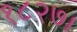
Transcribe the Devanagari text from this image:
१८२७।